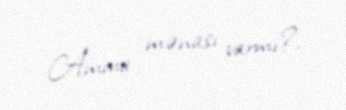
Amma mənası varmı?.